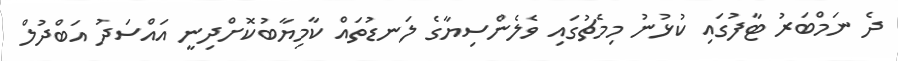
ދެ ނަމްބަރު ޓާފުގައި ކުޅުނު މިމެޗުގައި ވެލެންސިޔާގެ ލަނޑުތައް ކާމިޔާބުކޮށްދިނީ އައްސަދު އަބްދުލް